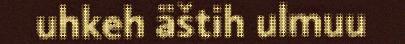
uhkeh äštih ulmuu